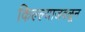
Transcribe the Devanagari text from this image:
किल्ल्याजवळून